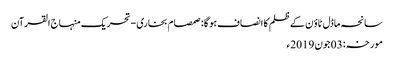
سانحہ ماڈل ٹاؤن کے ظلم کا انصاف ہو گا: صمصام بخاری - تحریک منہاج القرآن
مورخہ: 03 جون 2019ء